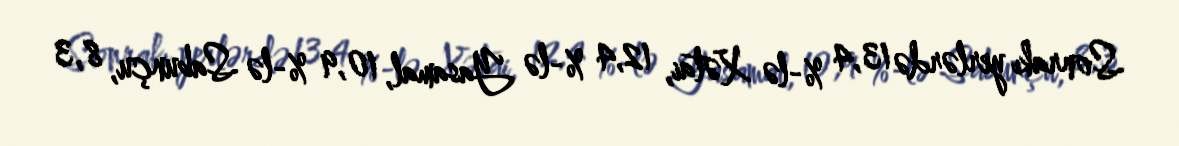
Sonrakı yerlərdə 13,4 %-lə Xətai, 12,4 %-lə Yasamal, 10,9 %-lə Sabunçu, 8,3